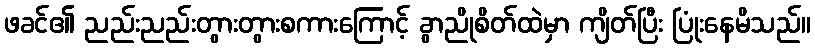
ဖခင်၏ ညည်းညည်းတွားတွားစကားကြောင့် ခွာညိုစိတ်ထဲမှာ ကျိတ်ပြီး ပြုံးနေမိသည်။